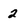
Character: 2